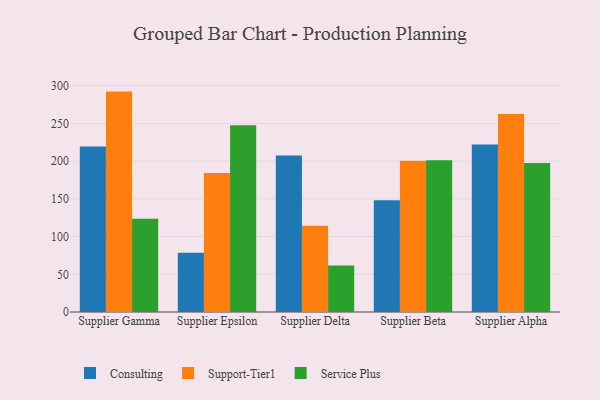
{"axis": {"x": "Supplier", "y": "Active Users"}, "legend": ["Consulting", "Service Plus", "Support-Tier1"], "data": [{"x": "Supplier Gamma", "y": 219.6, "type": "Consulting"}, {"x": "Supplier Gamma", "y": 292.3, "type": "Support-Tier1"}, {"x": "Supplier Gamma", "y": 123.8, "type": "Service Plus"}, {"x": "Supplier Epsilon", "y": 78.7, "type": "Consulting"}, {"x": "Supplier Epsilon", "y": 184.3, "type": "Support-Tier1"}, {"x": "Supplier Epsilon", "y": 247.6, "type": "Service Plus"}, {"x": "Supplier Delta", "y": 207.4, "type": "Consulting"}, {"x": "Supplier Delta", "y": 114.5, "type": "Support-Tier1"}, {"x": "Supplier Delta", "y": 61.6, "type": "Service Plus"}, {"x": "Supplier Beta", "y": 148.3, "type": "Consulting"}, {"x": "Supplier Beta", "y": 200.5, "type": "Support-Tier1"}, {"x": "Supplier Beta", "y": 201.3, "type": "Service Plus"}, {"x": "Supplier Alpha", "y": 222.2, "type": "Consulting"}, {"x": "Supplier Alpha", "y": 262.6, "type": "Support-Tier1"}, {"x": "Supplier Alpha", "y": 197.5, "type": "Service Plus"}]}